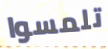
تلمسوا